Jaan_Tonisson_(Lasteleht), lk 338
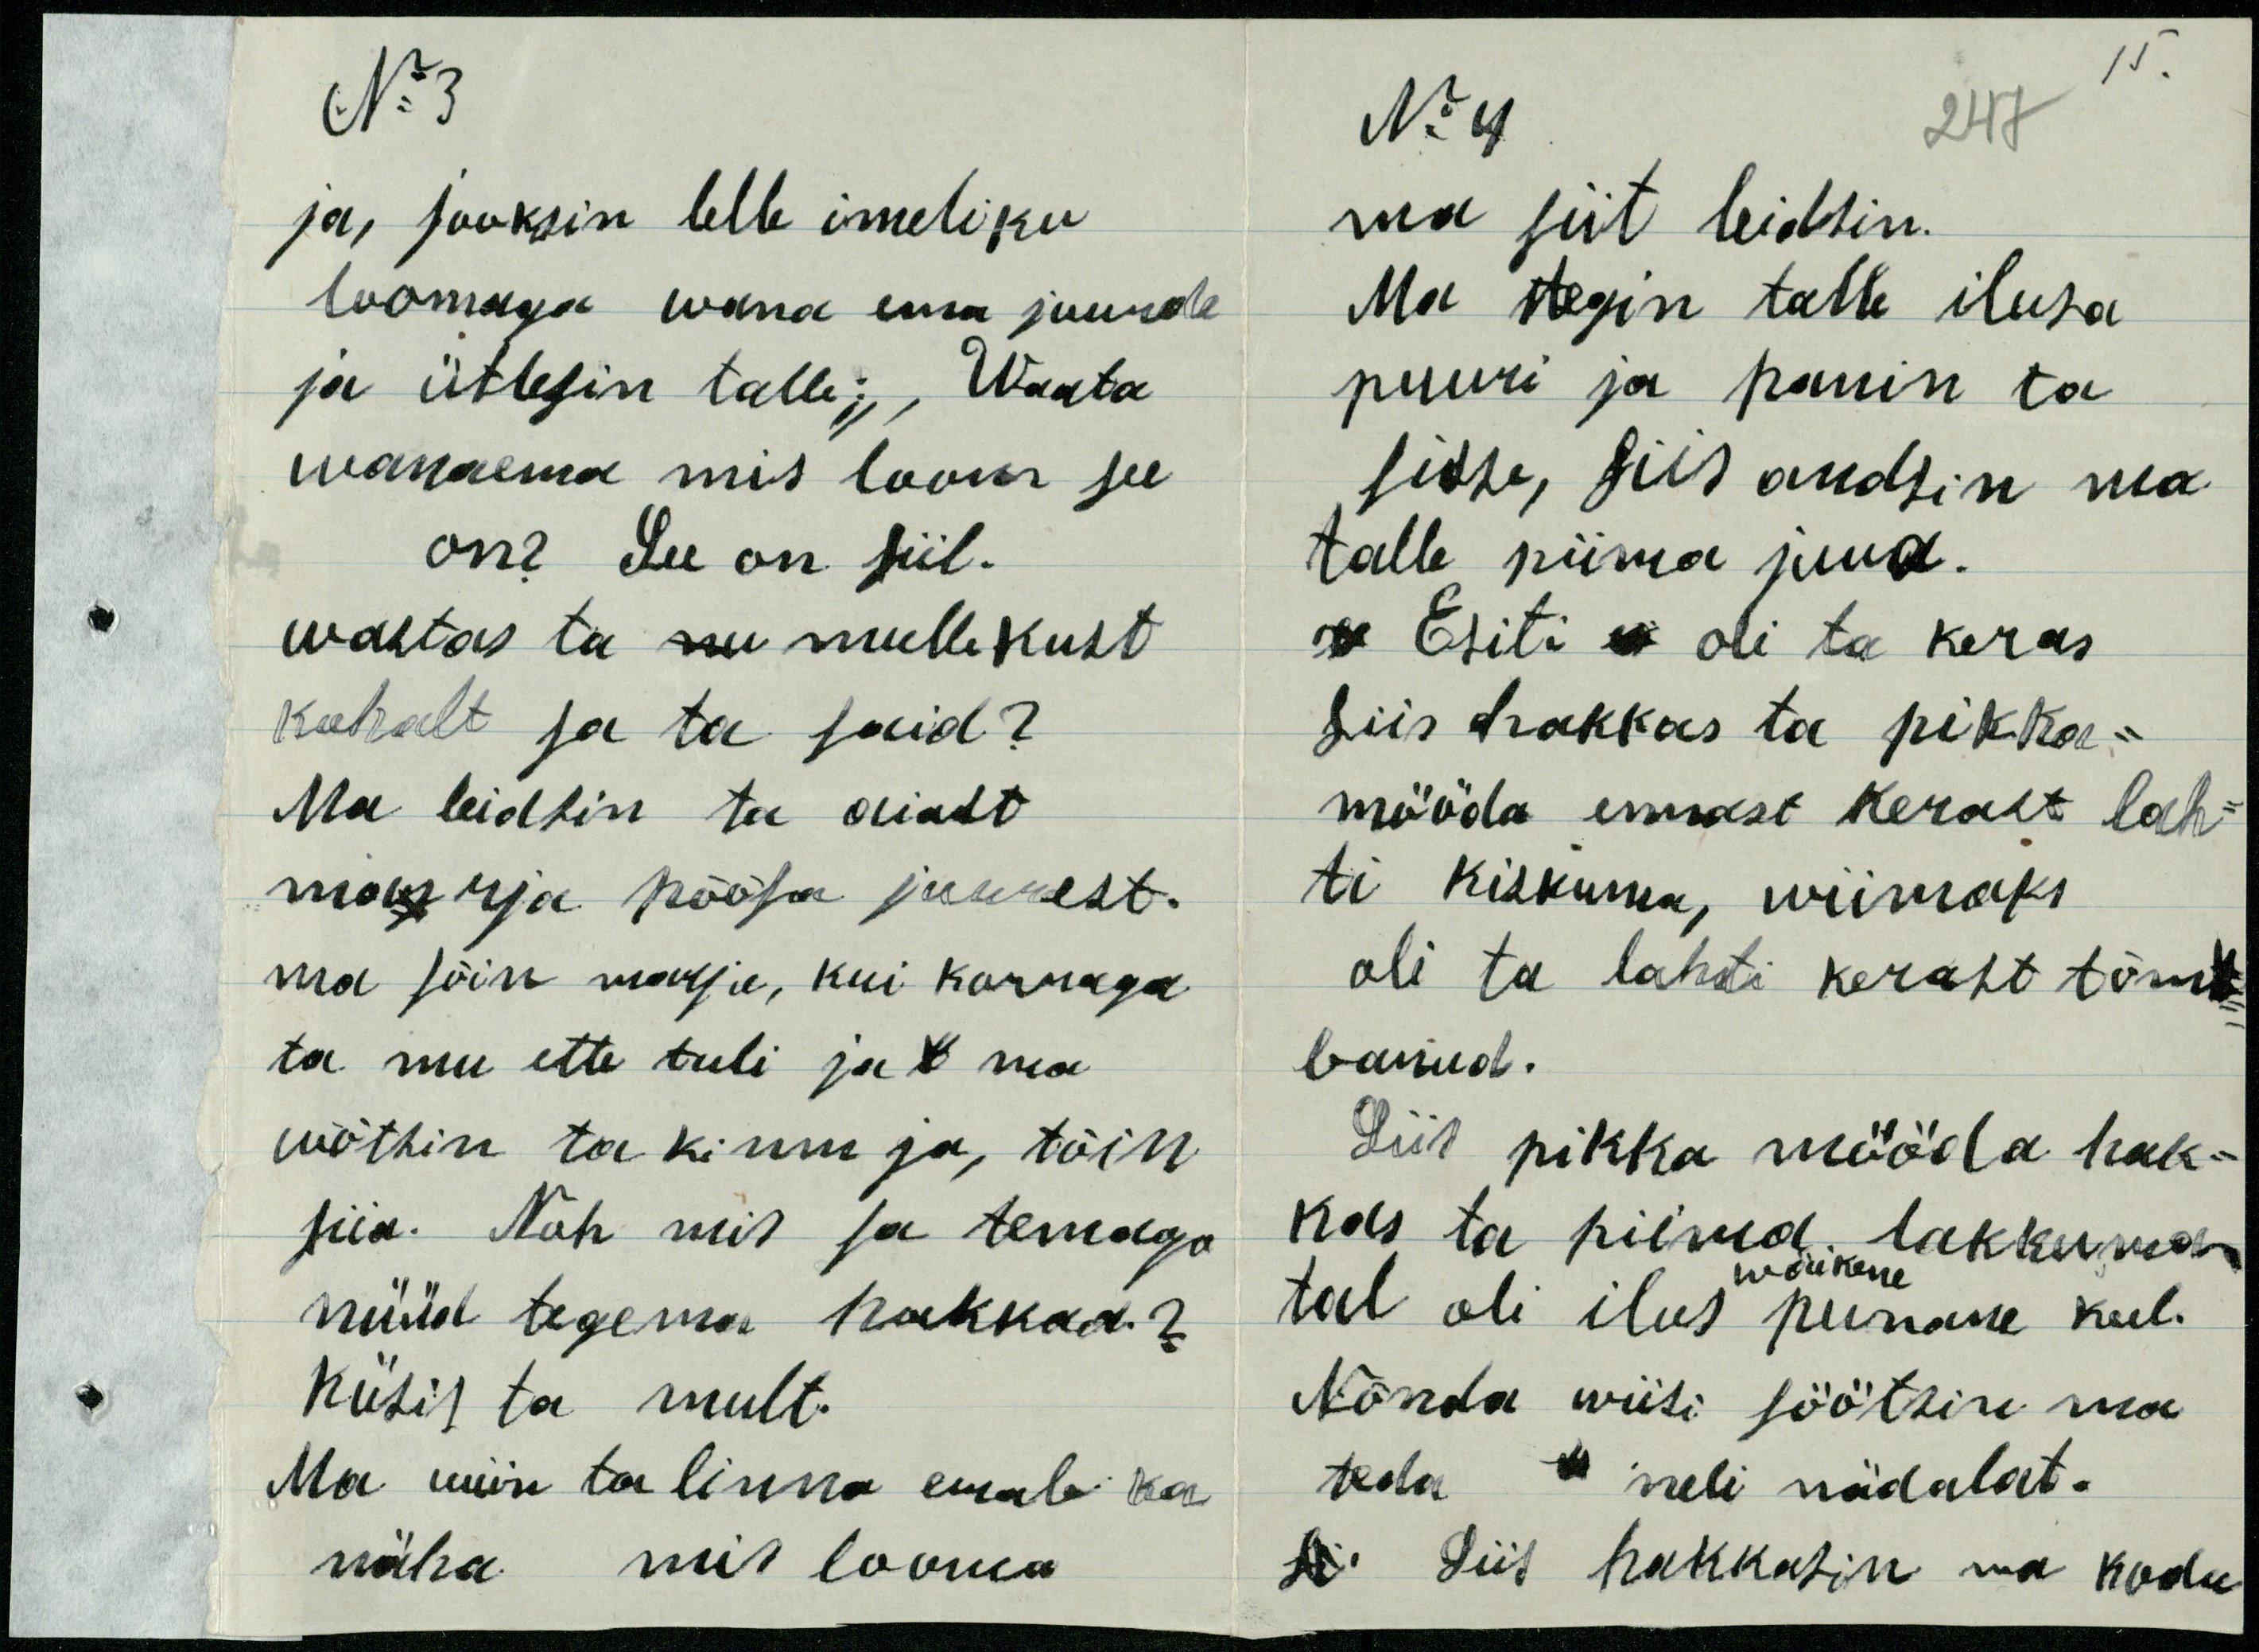
No 3
15.
No 4
247
ja, jooksin lelle imeliku
ma siit leidsin.
loomaga wana ema juurde
Ma tegin talle ilusa
ja ütlesin talle: Waata
puuri ja panin ta
wanaema mis loom see
sisse, siis andsin ma
on? see on siil.
talle piima juua.
wastas ta mulle kust
Esiti oli ta keras,
kohalt ja ta said?
siis hakkas ta pikka-
Ma leidsin ta aiast
mööda ennast kerast lah-
marja põõsa juurest.
ti kiskuma, wiimaks
ma sõin marju, kui korraga
oli ta lahti kerast tõm-
ta mu ette tuli ja ma
banud.
wõtsin ta kinni ja tõin
Siis pikka mööda hak-
siia. Noh mis sa temaga
kas ta piima lakkumad
wäikene
nüüd tegema hakkad?
tal oli ilus punane keel.
küsis ta mult
Nõnda wiisi söötsin ma
Ma wiin ta linna emale ka
teda neli nädalat.
näha, mis looma
siis hakkasin ma kodu